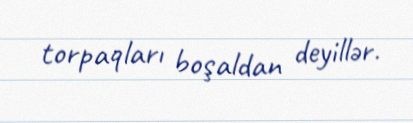
torpaqları boşaldan deyillər.